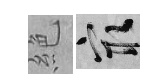
絶冣